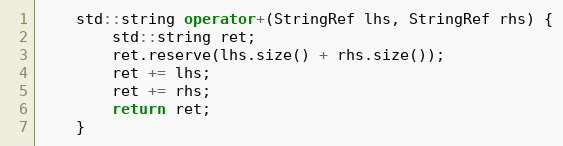
Language: C++
    std::string operator+(StringRef lhs, StringRef rhs) {
        std::string ret;
        ret.reserve(lhs.size() + rhs.size());
        ret += lhs;
        ret += rhs;
        return ret;
    }